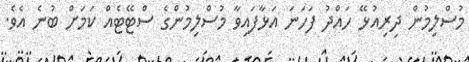
މުސްލިމުން ދިރިއުޅޭ ހައްދު ފަހަނަ އަޅާފައިވާ މުސްލިމުންގެ ސްޓޭޓެއް ކަަމަށް ބުނެ އެވެ.